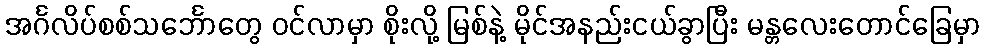
အင်္ဂလိပ်စစ်သင်္ဘောတွေ ဝင်လာမှာ စိုးလို့ မြစ်နဲ့ မိုင်အနည်းငယ်ခွာပြီး မန္တလေးတောင်ခြေမှာ